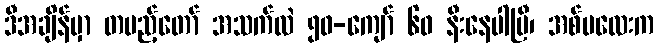
ဒီအချိန်မှာ တပည့်တော် အသက်လဲ ၅၀-ကျော် ၆၀ နီးနေပါပြီ၊ အစ်မလေးက